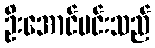
ဦးအောင်မင်းသည်